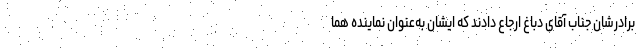
برادرشان جناب آقای دباغ ارجاع دادند که ایشان به‌عنوان نماینده هما